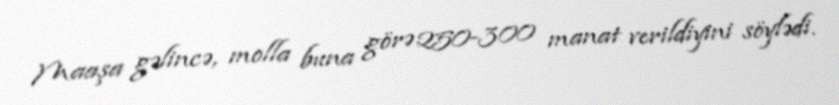
Maaşa gəlincə, molla buna görə 250-300 manat verildiyini söylədi.